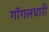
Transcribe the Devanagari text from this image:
गॉगलधारी